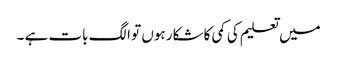
میں تعلیم کی کمی کا شکار ہوں تو الگ بات ہے ۔